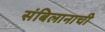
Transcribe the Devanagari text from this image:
संबिलानाची